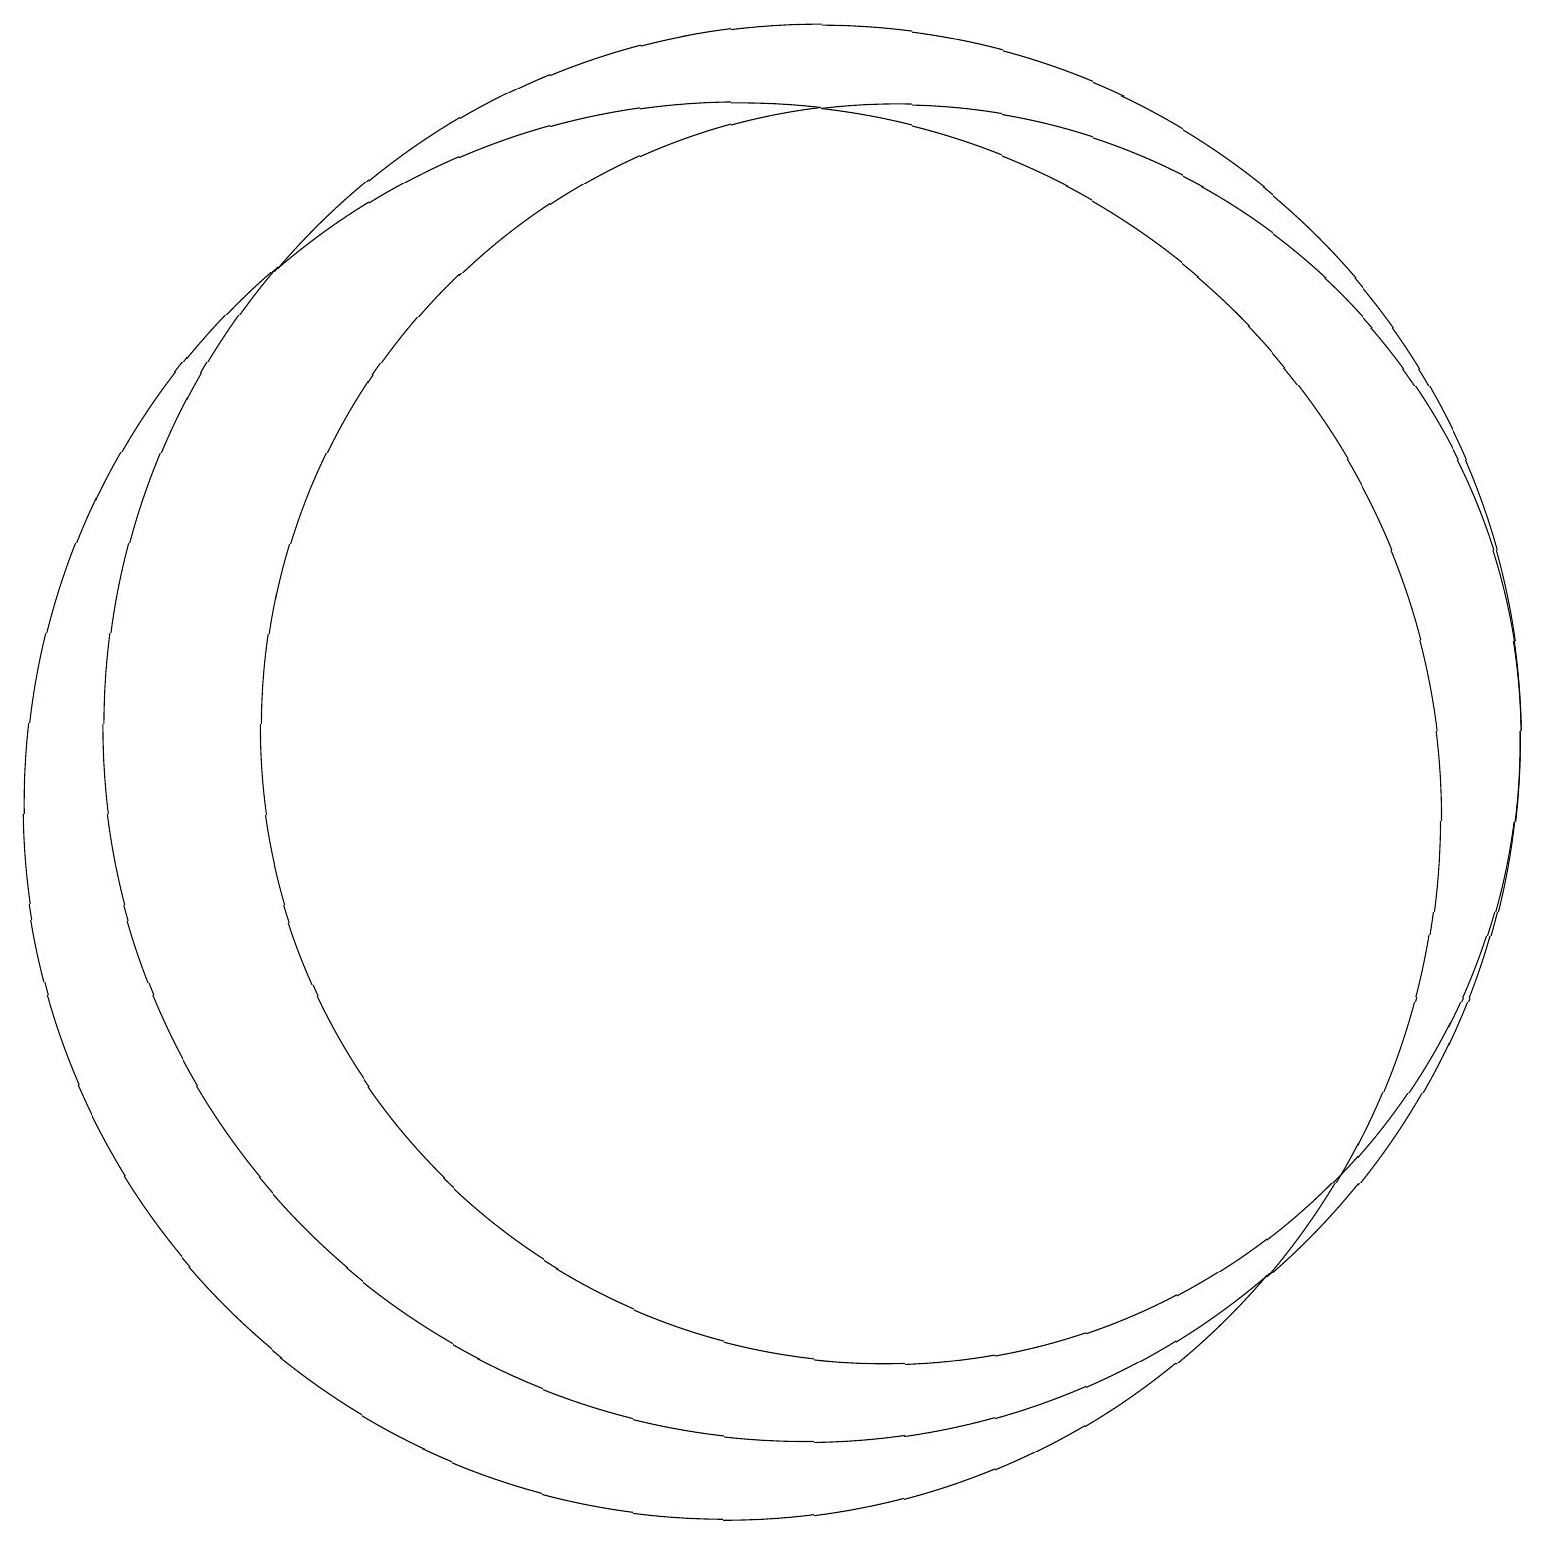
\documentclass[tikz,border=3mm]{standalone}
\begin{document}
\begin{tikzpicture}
\draw (10,10) circle (9);
\draw (12,11) circle (8);
\draw (11,11) circle (9);
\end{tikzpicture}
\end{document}